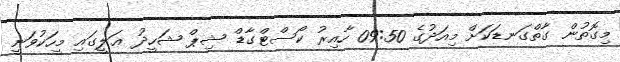
މިގޮތުން ގާތްގަނޑަކަށް މިއަދުގެ 09:50 ހާއިރު ކޯސްޓްގާޑް ޝިޕް ޝަހީދު ޢަލީގައި މީހަކުވަނީ